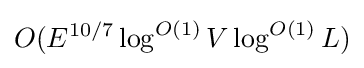
O(E^{10/7}\log ^{O(1)}V\log ^{O(1)}L)